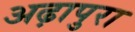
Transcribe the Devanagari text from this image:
अढ़ापुरा